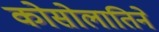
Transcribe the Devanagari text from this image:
कोसोलातिने